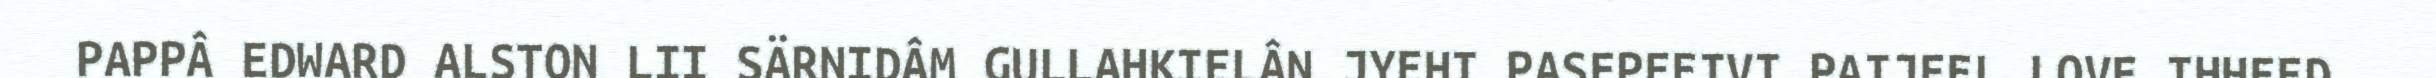
PAPPÂ EDWARD ALSTON LII SÄRNIDÂM GULLAHKIELÂN JYEHI PASEPEEIVI PAIJEEL LOVE IHHEED.